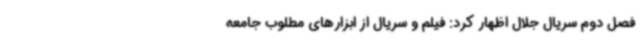
فصل دوم سریال جلال اظهار کرد: فیلم و سریال از ابزارهای مطلوب جامعه